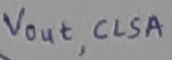
Text: Vout, CLSA